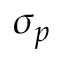
\boldsymbol { \sigma _ { p } }